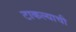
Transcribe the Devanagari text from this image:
टाकल्याची